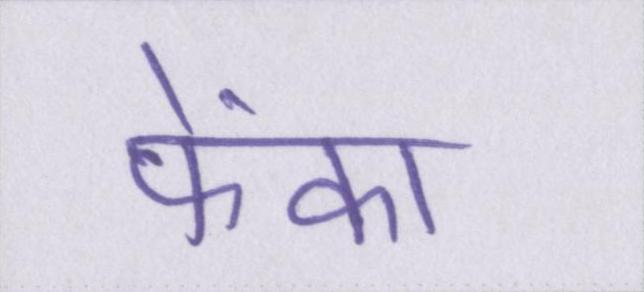
फेंका